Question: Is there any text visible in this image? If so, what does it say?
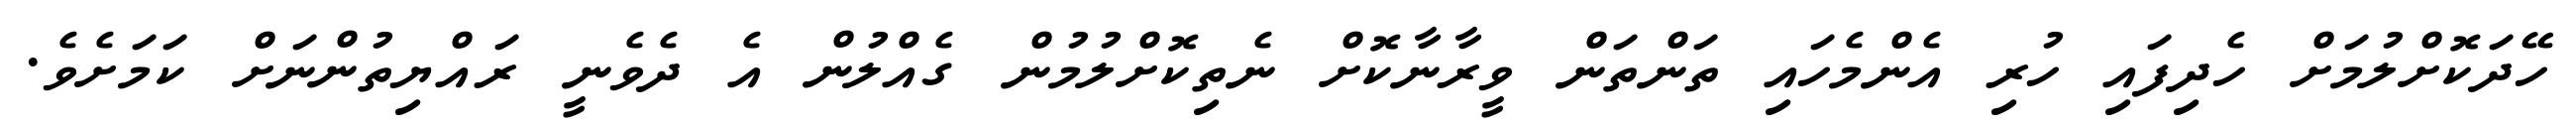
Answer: ހޭދަކޮށްލުމަށް ހެދިފައި ހުރި އެންމެހައި ތަންތަން ވީރާނާކޮށް ނެތިކޮށްލުމުން ގެއްލުން އެ ދެވެނީ ރައްޔިތުންނަށް ކަމަށެވެ.